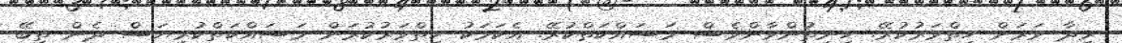
ރިދާ ވަރަށް ހިތްވަރުކުރޭ. ހިނިތުންވާންވެސް މަސައްކަތްކުރޭ. އެކަމަކު ހިތްވަރުކުރަން މަސައްކަތްކުރިޔަސް ދެން ތިބޭ